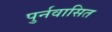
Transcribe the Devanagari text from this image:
पुर्नवासित